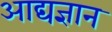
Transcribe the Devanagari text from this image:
आद्यज्ञान